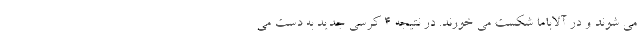
می شوند و در آلاباما شکست می خورند. در نتیجه 4 کرسی جدید به دست می